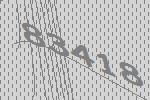
83418